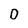
Character: 0